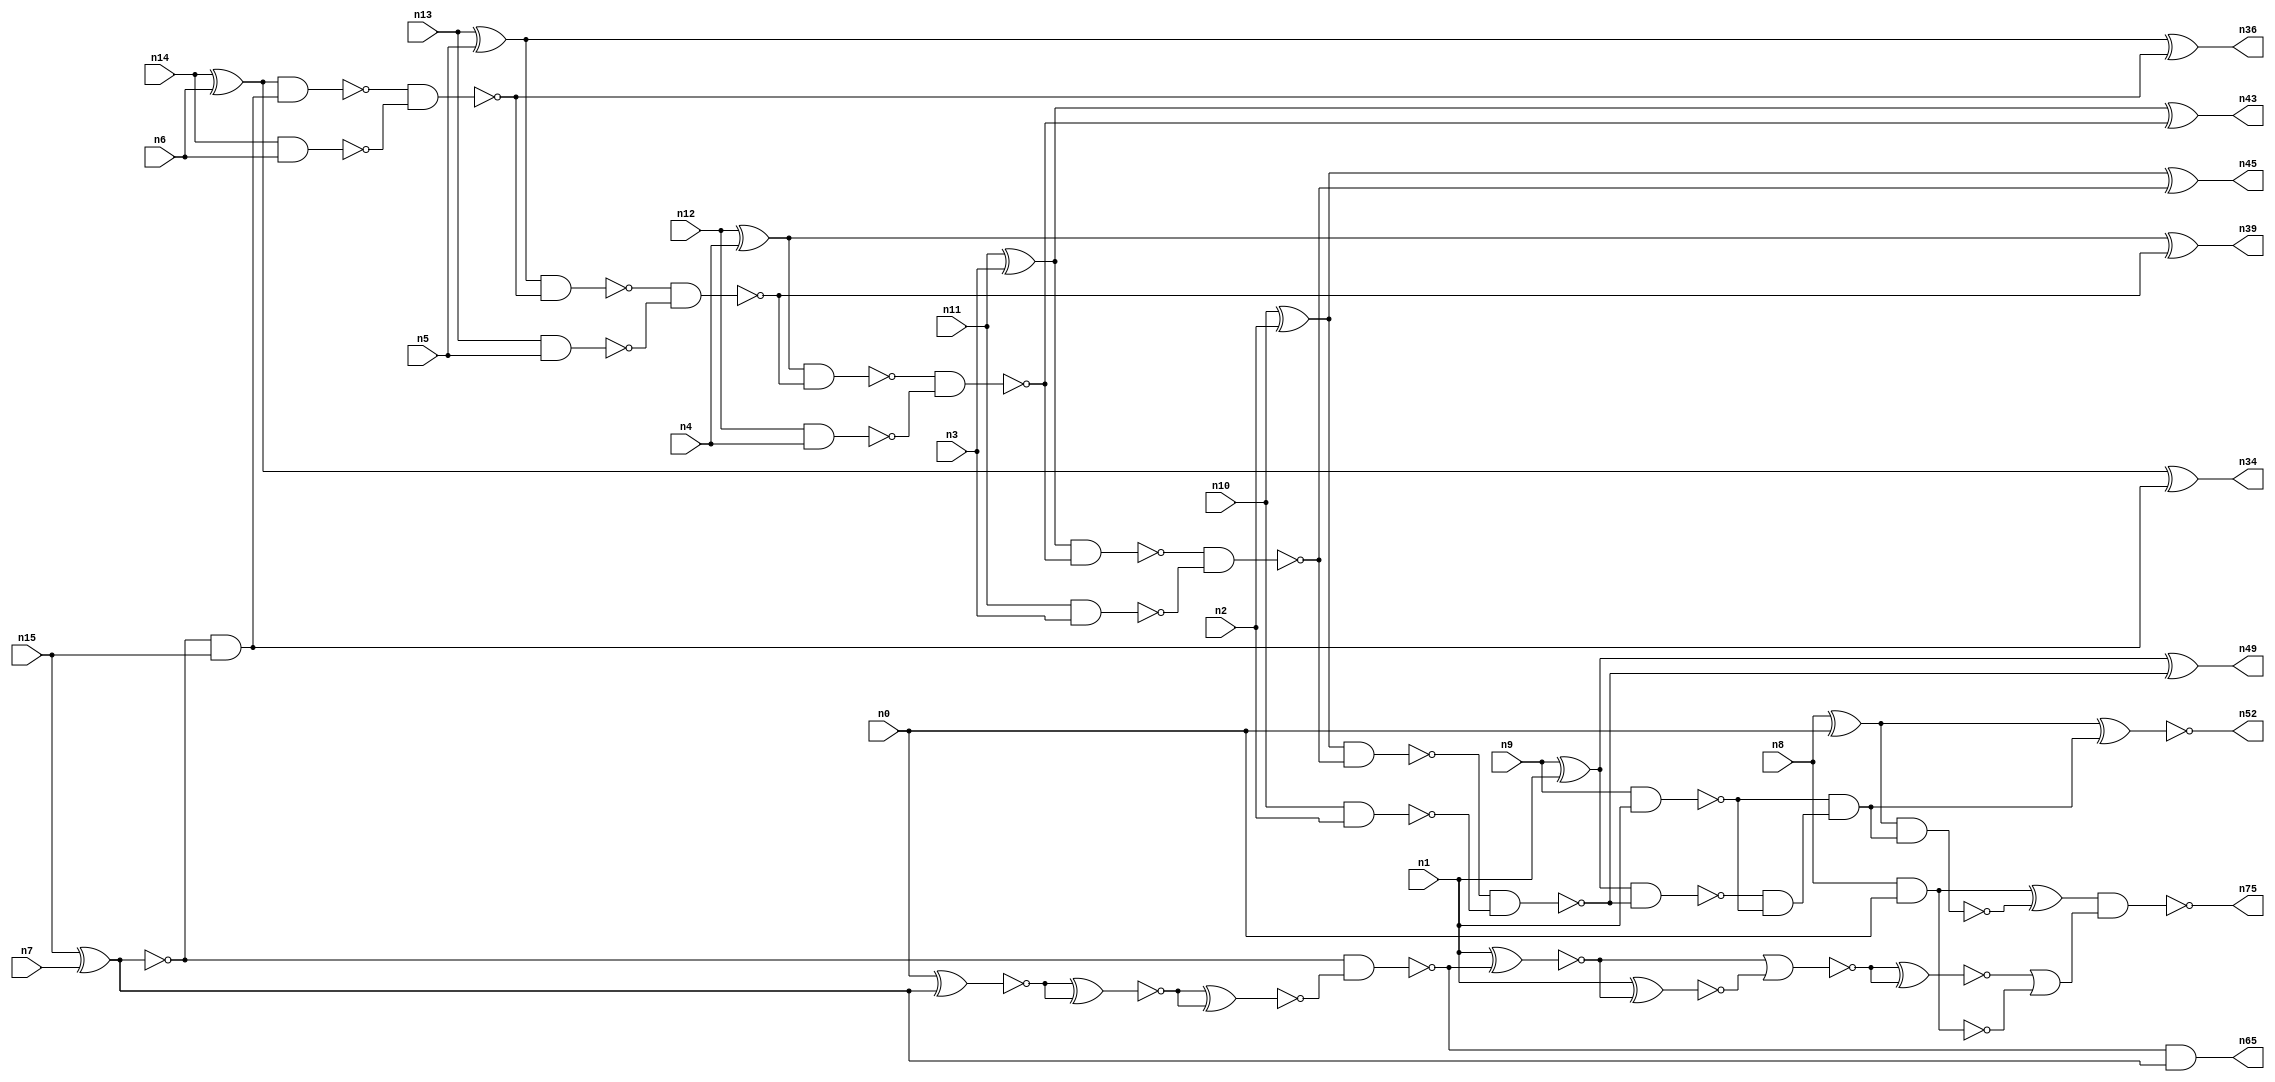
// This file contains a pareto-optimal circuit with respect to power and the fault-resilince parameter p_fault which is defined as:
// "For all input vectors, the ratio of the no. of faults observable at the POs to the no. of total possible faults in the circuit".
// This code is part of the ReCkt library (https://github.com/umar-afzaal/ReCkt) distributed under The MIT License.
// When used, please cite the following article(s):
// U. Afzaal, A.S. Hassan, M. Usman and J.A. Lee, "On the Evolutionary Synthesis of Increased Fault-resilience Arithmetic Circuits".

// p_fault = 80.0 %    (Lower is better)
// gates = 51.0
// levels = 18
// area = 71.93    (For MCNC library relative to nand2)
// power = 320.8 uW    (Berkely-SIS for MCNC library @ Vdd=5V and 20 MHz clock)
// delay = 22.7 ns    (Berkely-ABC for MCNC library)
// PDP = 7.28216e-12 J

// Pin mapping:
// {n0, n1, n2, n3, n4, n5, n6, n7} = A[7:0]
// {n8, n9, n10, n11, n12, n13, n14, n15} = B[7:0]
// {n75, n52, n49, n45, n43, n39, n36, n34, n65} = O[8:0]

module addr8s_power_6 (
n0, n1, n2, n3, n4, n5, n6, n7, n8, n9, n10, n11, n12, n13, n14, n15, 
n75, n52, n49, n45, n43, n39, n36, n34, n65
);

input n0, n1, n2, n3, n4, n5, n6, n7, n8, n9, n10, n11, n12, n13, n14, n15;
output n75, n52, n49, n45, n43, n39, n36, n34, n65;
wire n22, n42, n28, n21, n54, n71, n30, n16, n27, n24, n56, n20, n53, n32, n67, n18, n55, n63, n51, n31, 
n25, n58, n41, n26, n37, n35, n29, n17, n38, n19, n61, n62, n50, n46, n47, n23, n40, n48, n57, n33, 
n68, n44;

nand (n16, n14, n6);
nand (n17, n9, n1);
nand (n18, n13, n5);
nand (n19, n8, n0);
xor (n20, n8, n0);
nand (n21, n10, n2);
xor (n22, n12, n4);
xnor (n23, n15, n7);
xor (n24, n10, n2);
and (n25, n23, n15);
nand (n26, n11, n3);
xor (n27, n14, n6);
xor (n28, n9, n1);
nand (n29, n12, n4);
xor (n30, n13, n5);
xor (n31, n11, n3);
nand (n32, n23, n23);
nand (n33, n27, n25);
xor (n34, n27, n25);
nand (n35, n33, n16);
xor (n36, n30, n35);
nand (n37, n30, n35);
nand (n38, n37, n18);
xor (n39, n22, n38);
nand (n40, n22, n38);
nand (n41, n40, n29);
nand (n42, n31, n41);
xor (n43, n31, n41);
nand (n44, n42, n26);
xor (n45, n24, n44);
nand (n46, n24, n44);
nand (n47, n46, n21);
nand (n48, n28, n47);
xor (n49, n28, n47);
and (n50, n48, n17);
and (n51, n17, n50);
xnor (n52, n20, n51);
nand (n53, n20, n51);
nand (n54, n19, n19);
xnor (n55, n0, n32);
xnor (n56, n55, n55);
xnor (n57, n56, n56);
nand (n58, n23, n57);
xnor (n61, n1, n58);
xnor (n62, n1, n61);
nor (n63, n61, n62);
and (n65, n58, n32);
xnor (n67, n63, n63);
or (n68, n67, n19);
xor (n71, n54, n53);
nand (n75, n71, n68);

endmodule